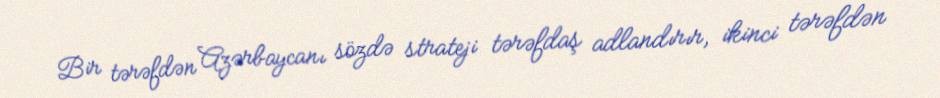
Bir tərəfdən Azərbaycanı sözdə strateji tərəfdaş adlandırır, ikinci tərəfdən